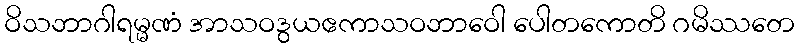
ဝိသဘာဂါရမ္မဏံ အာသဝဒွယဧကာသဝဘာဝေါ ပေါတကောတိ ဂမိဿတေ